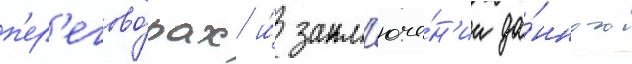
п'ер'егово́рах и́ закл'юче́н'ии да́нного